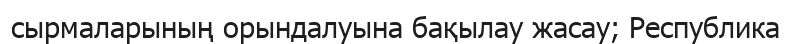
сырмаларының орындалуына бақылау жасау; Республика